Indian journal of veterinary science and animal husbandry - Volumes 18-21, 1948-1951
Year: 1948
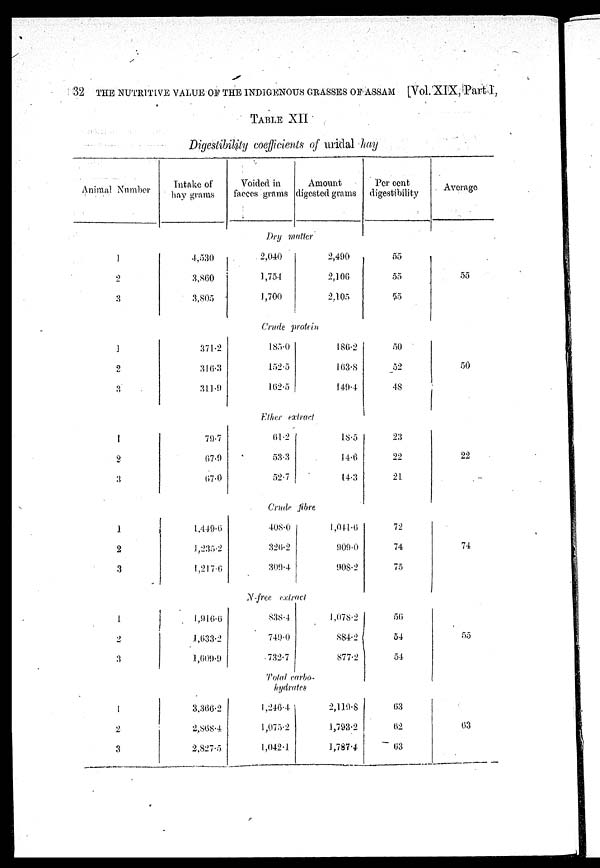
TABLE XII
Digestibility coefficients of uridal hay
Number
Intake of
hay grams
Voided in
faeces grams
Amount
digested grams
Per cent
digestibility
Average
Dry matter
1
2
3
4,530
3,860
3,805
2,040
1,754
1,700
2,490
2,106
2,105
55
55
55
55
Crude protein
1
2
3
371.2
316.3
311.9
185.0
152.5
162.5
186.2
163.8
149.4
50
52
48
50
Ether extract
1
2
3
79.7
67.9
67.0
61.2
53.3
52.7
18.5
14.6
14.3
23
22
21
22
Crude fibre
1
2
3
1,449.6
1,235.2
1,217.6
408.0
326.2
309.4
1,041.6
909.0
908.2
72
74
75
74
N-free extract
1
2
3
1
2
3
1,916.6
1,633.2
1,609.9
3,366.2
2,868.4
2,827.5
838.4
749.0
732.7
1,078.2
884.2
877.2
Total carbo-
hydrates
1,246.4
1,075.2
1,042.1
2,119.8
1,793.2
1,787.4
56
54
54
63
62
63
55
63